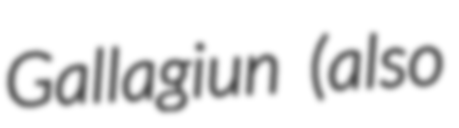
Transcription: Gallagiun (also